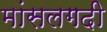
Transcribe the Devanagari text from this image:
मांसलगदी